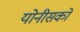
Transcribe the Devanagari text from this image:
योनीसको